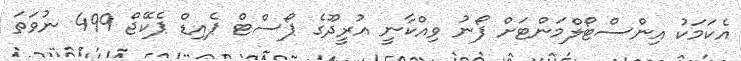
އެކަމަކު އިންސްޓޯލްމަންޓަށް ފޯނު ވިއްކާނީ އުރީދޫގެ ޕޯސްޓް ޕެއިޑް ޕެކޭޖް 499 ނުވަތަ